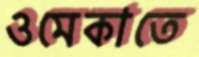
ওমেকাতে